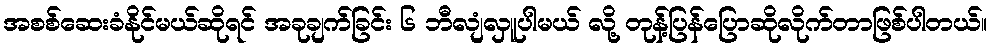
အစစ်ဆေးခံနိုင်မယ်ဆိုရင် အခုချက်ခြင်း ၆ ဘီလျံလှူပါမယ် လို့ တုန့်ပြန်ပြောဆိုလိုက်တာဖြစ်ပါတယ်။